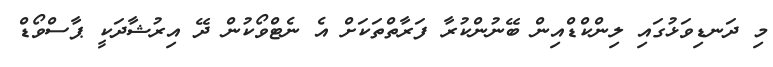
މި ދަނޑިވަޅުގައި ލިންކްޑްއިން ބޭނުންކުރާ ފަރާތްތަކަށް އެ ނެޓްވޯކުން ދޭ އިރުޝާދަކީ ޕާސްވޯޑް